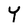
Character: Y